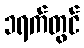
၁ရက်တွင်